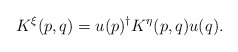
\begin{align*}K^{\xi}(p,q)=u(p)^{\dagger}K^{\eta}(p,q)u(q).\end{align*}